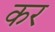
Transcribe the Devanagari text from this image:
कर